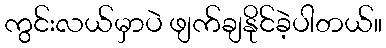
ကွင်းလယ်မှာပဲ ဖျက်ချနိုင်ခဲ့ပါတယ်။